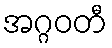
အဂ္ဂဝတီ